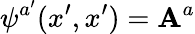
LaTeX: \psi^{a^{\prime}}(x^{\prime},x^{\prime})=\mathbf{A}^{a}